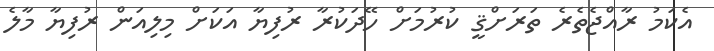
އެކަމު ރާއްޖެތެރެ ތަރަށްޤީ ކުރުމަށް ހޭދަކުރާ ރުފިޔާ އަކަށް މިލިއަން ރުފިޔާ މާލެ